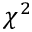
\chi ^ { 2 }